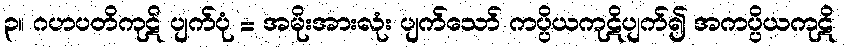
၃။ ဂဟပတိကုဋိ ပျက်ပုံ = အမိုးအားလုံး ပျက်သော် ကပ္ပိယကုဋိပျက်၍ အကပ္ပိယကုဋိ